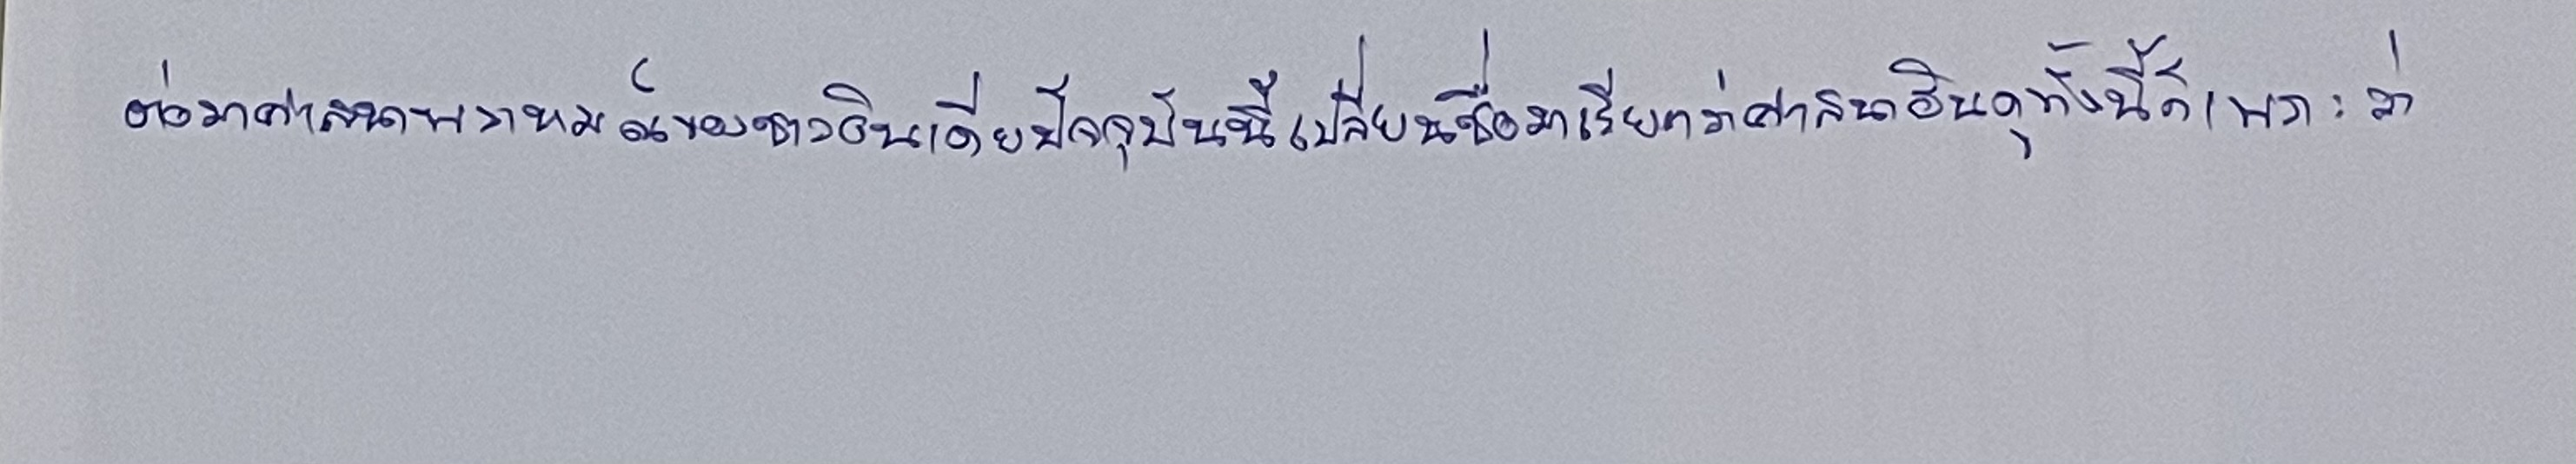
ต่อมาศาสนาพราหมณ์ของชาวอินเดียปัจจุบันนี้เปลี่ยนชื่อมาเรียกว่าศาสนาฮินดูทั้งนี้ก็เพราะว่า